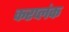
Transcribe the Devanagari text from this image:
करप्लंक